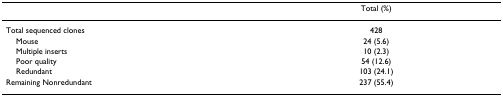
<table><thead><tr><td></td><td><b>Total (%)</b></td></tr></thead><tbody><tr><td>Total sequenced clones</td><td>428</td></tr><tr><td> Mouse</td><td>24 (5.6)</td></tr><tr><td> Multiple inserts</td><td>10 (2.3)</td></tr><tr><td> Poor quality</td><td>54 (12.6)</td></tr><tr><td> Redundant</td><td>103 (24.1)</td></tr><tr><td>Remaining Nonredundant</td><td>237 (55.4)</td></tr></tbody></table>